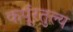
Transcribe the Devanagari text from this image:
कर्पूरतुल्य